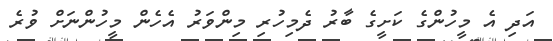
އަދި އެ މީހުންގެ ކަށީގެ ބާރު ދެމިހުރި މިންވަރު އެހެން މީހުންނަށް ވުރެ